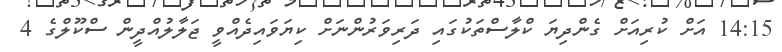
14:15 އަށް ކުރިއަށް ގެންދިޔަ ކްލާސްތަކުގައި ދަރިވަރުންނަށް ކިޔަވައިދެއްވީ ޖަލާލުއްދީން ސްކޫލްގެ 4